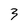
Character: 3